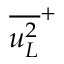
{ \overline { { u _ { L } ^ { 2 } } } } ^ { + }